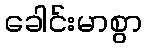
ခေါင်းမာစွာ